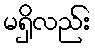
မရှိလည်း